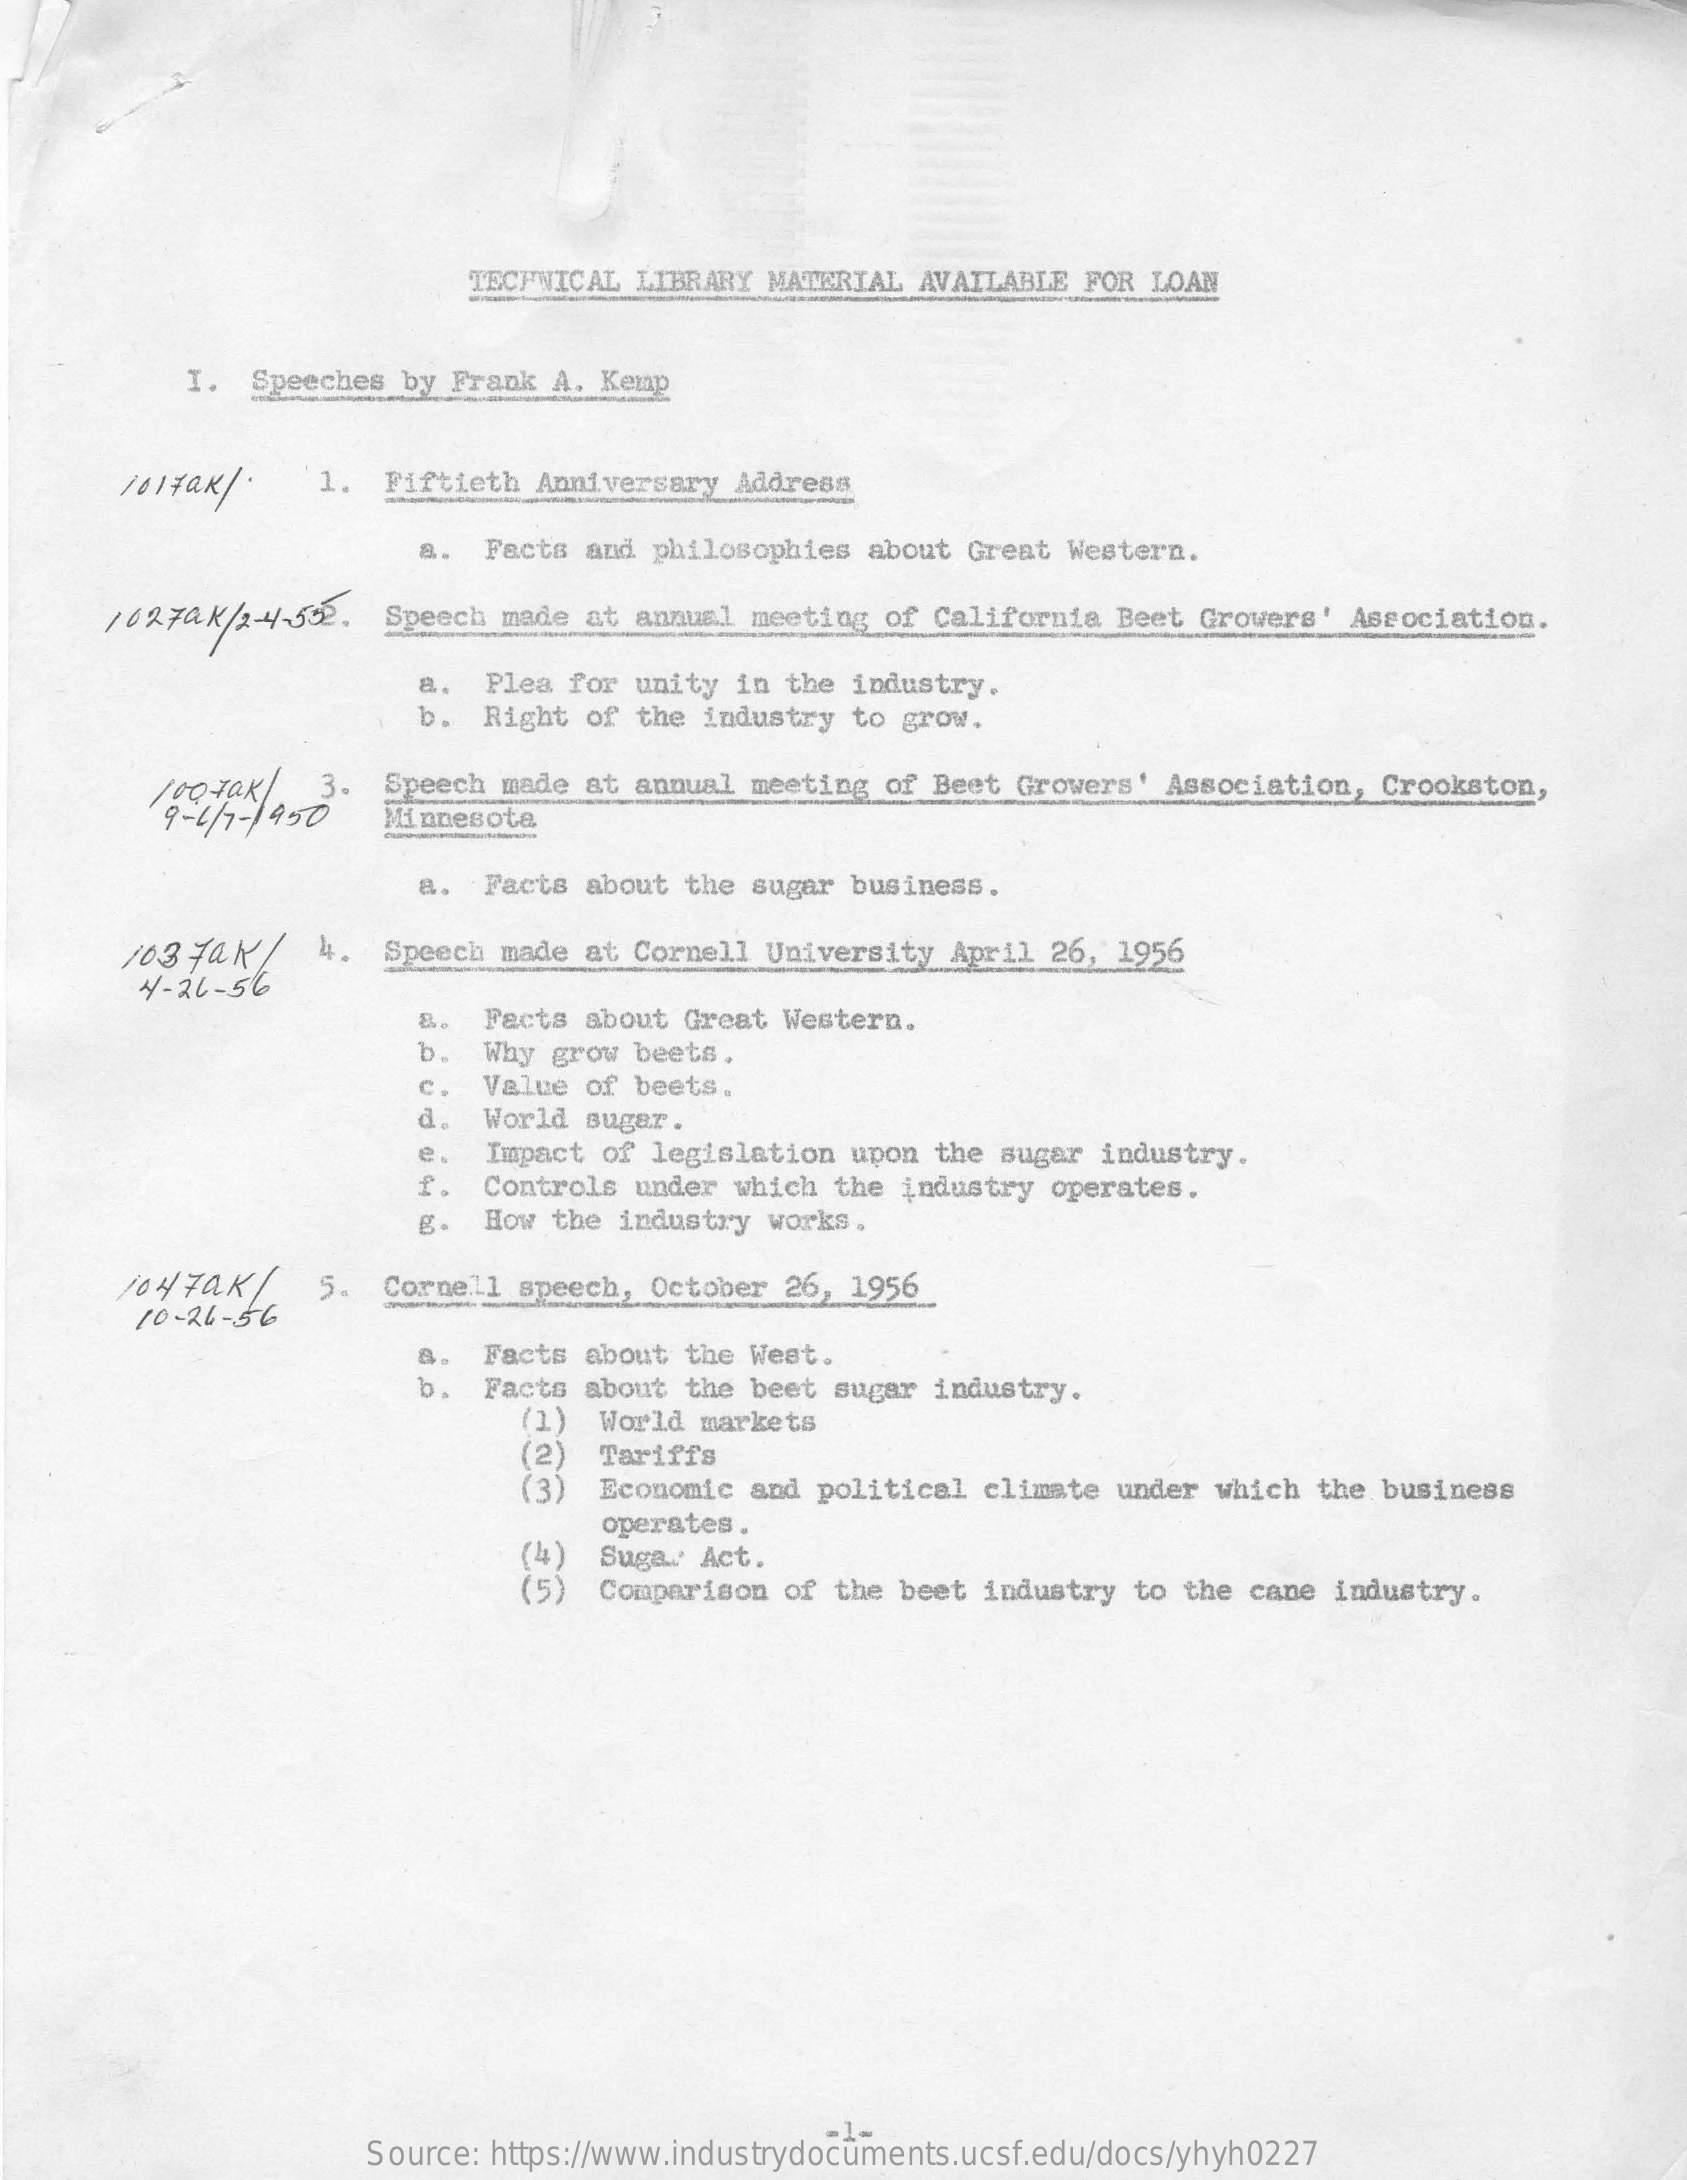
TECHNICAL LIBRARY MATERIAL AVAILABLE FOR LOAN
     -
     I. Speeches by Frank A. Kemp
     101 Fax / . 1. Fiftieth Anniversary Address
     a.  Facts and philosophies about Great Western.
     1027ak / 2-4-502. Speech made at annual meeting of California Beet Growers' Association.
     a.  Plea for unity in the industry.
     b. Right of the industry to grow.
     10Q tak
     9- 1/ 7- 1450
     3. Speech made at annual meeting of Beet Growers' Association, Crookston,
     Minnesota
     a.  Facts about the sugar business.
     103 Jak/  4. Speech made at Cornell University April 26, 1956
     4-26-56
     Facts about Great Western.
     b.  Why grow beets.
     c.  Value of beets.
     d. World sugar.
     e.  Impact of legislation upon the sugar industry.
     Controls under which the industry operates.
     g.  How the industry works.
     1047ak/
     10-26-56
     5. Cornell speech, October 26, 1956
     Facts about the West.
     b.  Facts about the beet sugar industry.
     (1) World markets
     (2)
     (3)
     Tariffs
     Economic and political climate under which the business
     (4)
     operates.
     (5)
     Suga. Act.
     Comparison of the beet industry to the cane industry.
     Source: https://www.industrydocuments.ucsf.edu/docs/yhyh0227